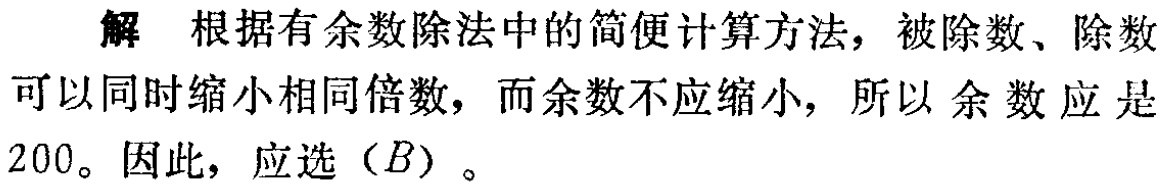
解 根据有余数除法中的简便计算方法，被除数、除数可以同时缩小相同倍数，而余数不应缩小，所以余数应是$200$。因此，应选（$B$）。